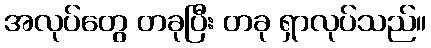
အလုပ်တွေ တခုပြီး တခု ရှာလုပ်သည်။